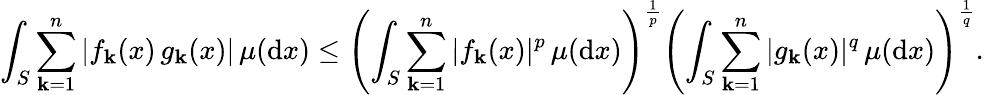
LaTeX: \int_{S}\sum_{\mathbf{k}=1}^{n}|f_{\mathbf{k}}(x)\, g_{\mathbf{k}}(x)|\, \mu(\mathrm{{d}}x)\leq\left(\int_{S}\sum_{\mathbf{k}=1}^{n}|f_{\mathbf{k}}(x)|^{p}\, \mu(\mathrm{{d}}x)\right)^{\frac{{1}}{{p}}}\left(\int_{S}\sum_{\mathbf{k}=1}^{n}|g_{\mathbf{k}}(x)|^{q}\, \mu(\mathrm{{d}}x)\right)^{\frac{{1}}{{q}}}.